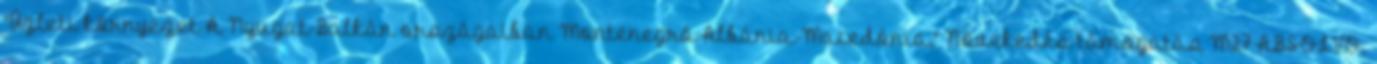
"Üzleti környezet A Nyugat-Balkán országaiban Montenegró-Albánia-Macedónia." Növekedés-támogatás M27 ABSOLVO.